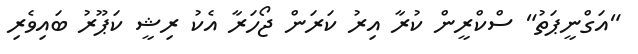
"އަގްނީޕަތު" ސްކްރީން ކުރާ އިރު ކަރަން ޖޯހަރާ އެކު ރިޝީ ކަޕޫރު ބައިވެރި